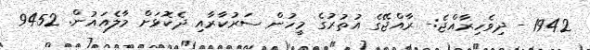
1942 - ދިވެހިރާއްޖެ:- ރާއްޖޭގެ އުތުރުގެ މީހުން ސަރުކާރާއި ދެކޮޅަށް މާލެއައުން. 9452